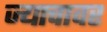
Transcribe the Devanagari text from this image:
ज्याचावर